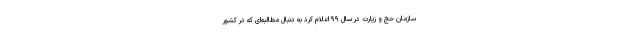
سازمان حج و زیارت در سال ۹۹ اعلام کرد به دنبال مطالبه‌ای که در کشور